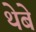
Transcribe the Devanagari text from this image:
थेबे